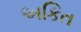
અકિત